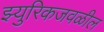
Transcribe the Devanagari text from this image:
झ्युरिकजवळील